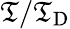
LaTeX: \mathfrak{T}/\mathfrak{T}_{\mathrm{{{D}}}}